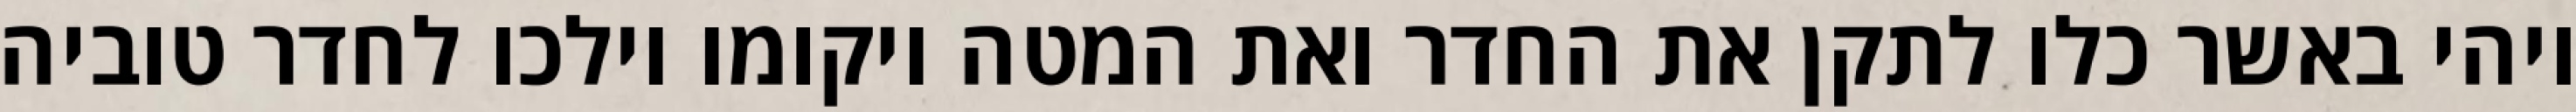
ויהי באשר כלו לתקן את החדר ואת המטה ויקומו וילכו לחדר טוביה